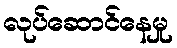
လုပ်ဆောင်နေမှု